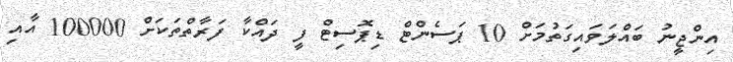
އިންޖީނު ބައްލަވައިގަތުމަށް 10 ޕަސެންޓް ޑިޕޮސިޓް ފީ ދައްކާ ފަރާތްތަކަށް 100000 އާއި